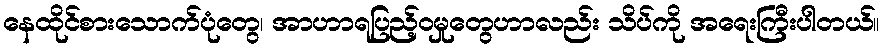
နေထိုင်စားသောက်ပုံတွေ၊ အာဟာရပြည့်ဝမှုတွေဟာလည်း သိပ်ကို အရေးကြီးပါတယ်။